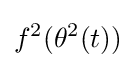
f^{2}(\theta ^{2}(t))